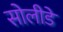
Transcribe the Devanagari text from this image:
सोलीडे